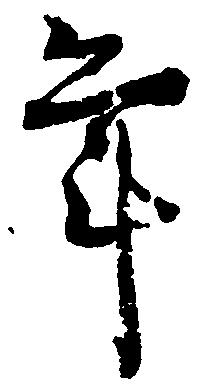
年